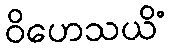
ဝိဟေသယိံ